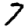
Digit: 7